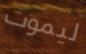
ليموت